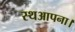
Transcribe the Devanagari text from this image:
स्थआपना।